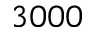
3 0 0 0